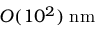
O ( 1 0 ^ { 2 } ) \; \mathrm { n m }